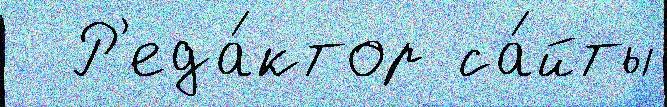
  Р'еда́ктор са́йты